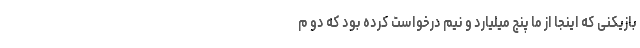
بازیکنی که اینجا از ما پنج میلیارد و نیم درخواست کرده بود که دو م